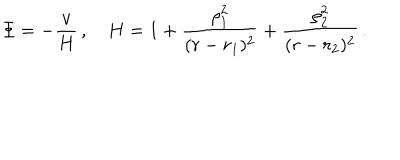
LaTeX: \Phi = - \frac { v } { H } \, , \quad H = 1 + \frac { \rho _ { 1 } ^ { 2 } } { ( r - r _ { 1 } ) ^ { 2 } } + \frac { \rho _ { 2 } ^ { 2 } } { ( r - r _ { 2 } ) ^ { 2 } } \, .